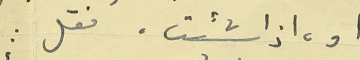
او، اذا شئت، فقل :